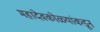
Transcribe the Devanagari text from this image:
महादेवकोळ्यांकडून